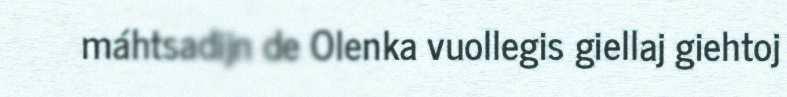
máhtsadijn de Olenka vuollegis giellaj giehtoj